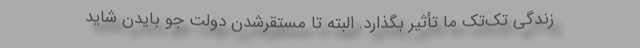
زندگی تک‌تک ما تأثیر بگذارد. البته تا مستقرشدن دولت جو بایدن شاید